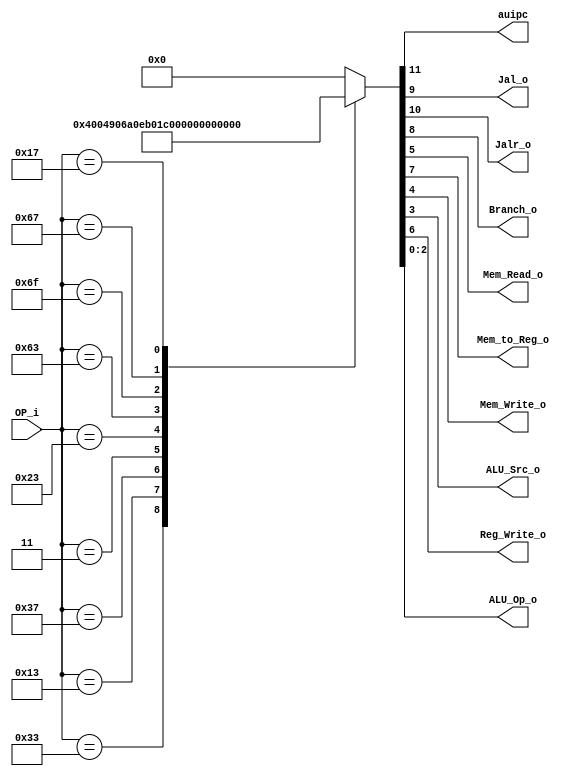
/******************************************************************
* Description
*	This is control unit for the RISC-V Microprocessor. The control unit is 
*	in charge of generation of the control signals. Its only input 
*	corresponds to opcode from the instruction bus.
*	1.0
* Author:
*	Dr. Jos Luis Pizano Escalante
* email:
*	luispizano@iteso.mx
* Date:
*	16/08/2021
******************************************************************/
module Control
(
	input [6:0]OP_i,
	
	output auipc,
	output Jal_o,
	output Jalr_o,
	output Branch_o,
	output Mem_Read_o,
	output Mem_to_Reg_o,
	output Mem_Write_o,
	output ALU_Src_o,
	output Reg_Write_o,
	output [2:0]ALU_Op_o
);

// Tipos de instruccin con su opcode
localparam R_Type 		= 7'h33;
localparam I_Type_Logic = 7'h13;
localparam U_Type       = 7'h37;
localparam LW_Type 		= 7'h03;
localparam SW_Type 		= 7'h23;
localparam B_Type			= 7'h63;
localparam J_Type			= 7'h6F;
localparam I_Type_JALR  = 7'h67;
localparam U_Type_AUIPC = 7'h17;

reg [11:0] control_values;

always@(OP_i) begin
	// Variables de control dependiendo del tipo de instruccin
	case(OP_i)//                          109 876_54_3_210
		R_Type: 			control_values = 12'b0_00_001_00_0_000;
		I_Type_Logic:  control_values	= 12'b0_00_001_00_1_001;
		U_Type:  		control_values	= 12'b0_00_001_10_1_010;
		LW_Type:			control_values = 12'b0_00_011_10_1_011;
		SW_Type:			control_values = 12'b0_00_000_01_1_101;
		B_Type:			control_values = 12'b0_00_100_00_0_100;
		J_Type:			control_values = 12'b0_01_101_00_1_101;
		I_Type_JALR:   control_values = 12'b0_10_101_00_1_110;
		U_Type_AUIPC:  control_values = 12'b1_00_001_00_1_111;
		default:
			control_values= 11'b00_000_00_0_000;
		endcase
end

assign auipc = control_values[11];
// Se enciende si es jalr la instruccin
assign Jalr_o = control_values[10];

// Se enciende si es jal la instruccin
assign Jal_o = control_values[9];	

assign Branch_o = control_values[8];

assign Mem_to_Reg_o = control_values[7];

assign Reg_Write_o = control_values[6];

assign Mem_Read_o = control_values[5];

assign Mem_Write_o = control_values[4];

assign ALU_Src_o = control_values[3]; // inmediato o no

assign ALU_Op_o = control_values[2:0];	

endmodule